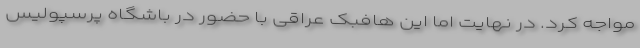
مواجه کرد. در نهایت اما این هافبک عراقی با حضور در باشگاه پرسپولیس